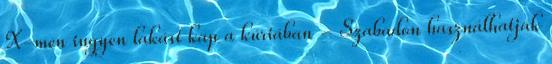
X-men ingyen lakást kap a kúriában - Szabadon használhatják